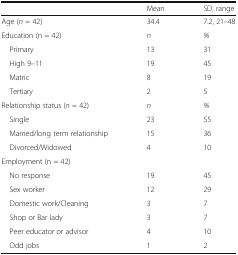
<table><thead><tr><td></td><td><b>Mean</b></td><td><b>SD, range</b></td></tr></thead><tbody><tr><td>Age (<i>n</i> = 42)</td><td>34.4</td><td>7.2, 21–48</td></tr><tr><td>Education (n = 42)</td><td><i>n</i></td><td><i>%</i></td></tr><tr><td> Primary</td><td>13</td><td>31</td></tr><tr><td> High 9–11</td><td>19</td><td>45</td></tr><tr><td> Matric</td><td>8</td><td>19</td></tr><tr><td> Tertiary</td><td>2</td><td>5</td></tr><tr><td>Relationship status (<i>n</i> = 42)</td><td><i>n</i></td><td><i>%</i></td></tr><tr><td> Single</td><td>23</td><td>55</td></tr><tr><td> Married/long term relationship</td><td>15</td><td>36</td></tr><tr><td> Divorced/Widowed</td><td>4</td><td>10</td></tr><tr><td>Employment (n = 42)</td><td></td><td></td></tr><tr><td> No response</td><td>19</td><td>45</td></tr><tr><td> Sex worker</td><td>12</td><td>29</td></tr><tr><td> Domestic work/Cleaning</td><td>3</td><td>7</td></tr><tr><td> Shop or Bar lady</td><td>3</td><td>7</td></tr><tr><td> Peer educator or advisor</td><td>4</td><td>10</td></tr><tr><td> Odd jobs</td><td>1</td><td>2</td></tr></tbody></table>